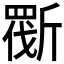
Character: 𣂿